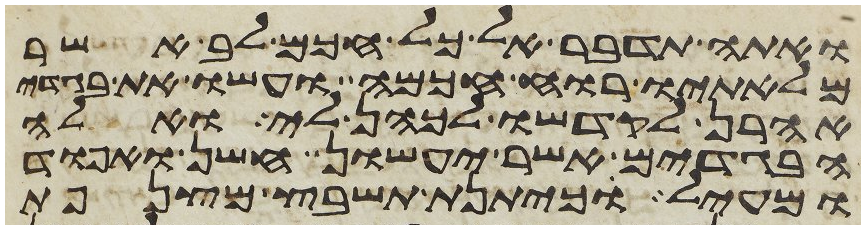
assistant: ואתה תדבר אל כל חכם לב אשר
מלאתיו רוח חכמה ועשו את בגדי
אהרן לקדשו לכהן לי ואלה
הבגדים אשר יעשון חשן ואפוד
ומעיל כיתנת תשבץ מצנפת